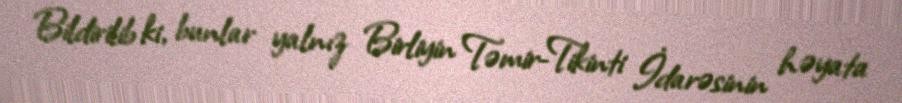
Bildirilib ki, bunlar yalnız Birliyin Təmir-Tikinti İdarəsinin həyata